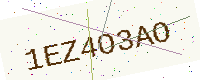
Text: 1EZ4O3AO